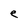
Character: e